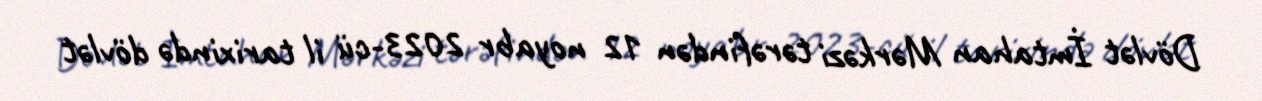
Dövlət İmtahan Mərkəzi tərəfindən 12 noyabr 2023-cü il tarixində dövlət